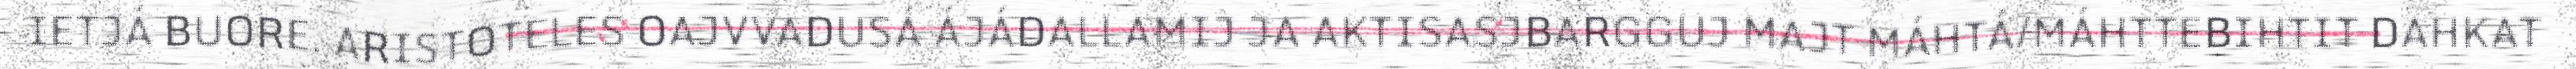
IETJÁ BUORE. ARISTOTELES OAJVVADUSÁ ÁJÁDALLAMIJ JA AKTISASJBARGGUJ MAJT MÁHTÁ/MÁHTTEBIHTIT DAHKAT